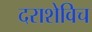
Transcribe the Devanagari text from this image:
दराशेविच